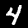
Label: 4